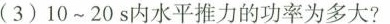
(3)10~20s内水平推力的功率为多大?